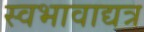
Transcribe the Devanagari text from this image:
स्वभावाद्यत्र